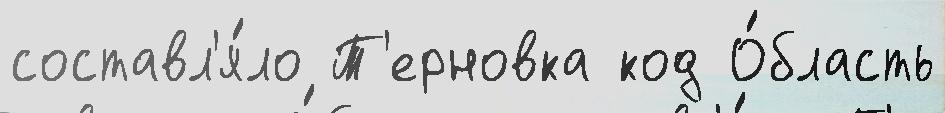
составл'я́ло Т'ерновка код О́бласть